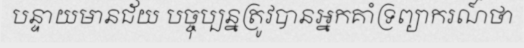
បន្ទាយមានជ័យ បច្ចុប្បន្នត្រូវបានអ្នកគាំទ្រព្យាករណ៍ថា